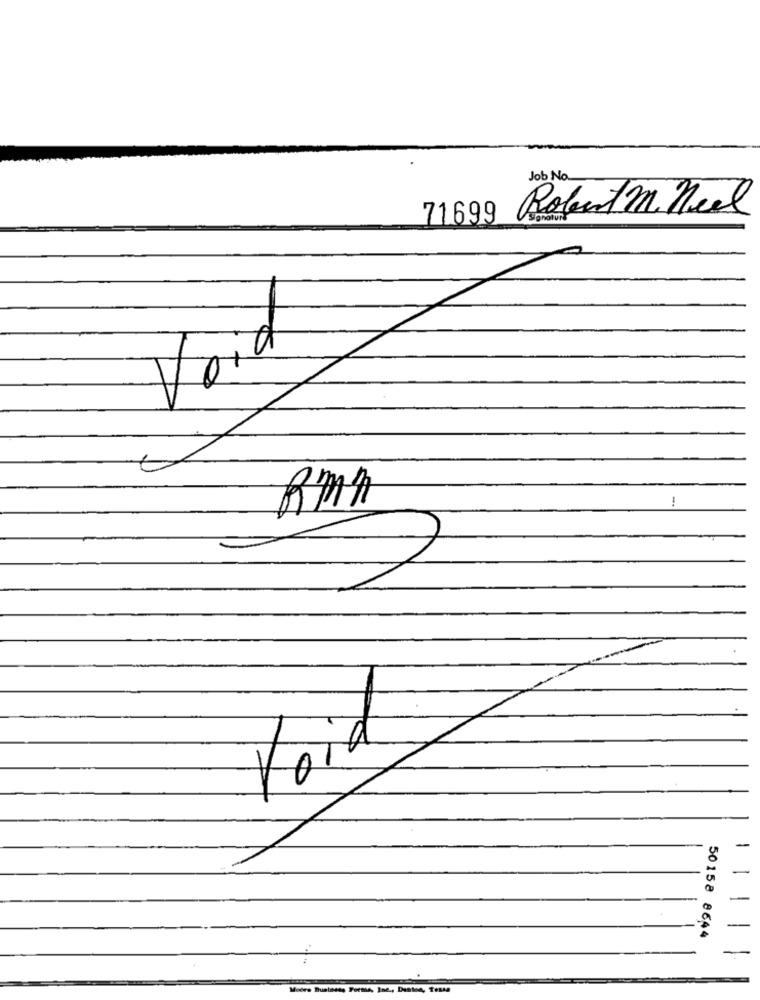
Job No.
Robert M. Neel
71699
1
Rmn
-
50158 8644